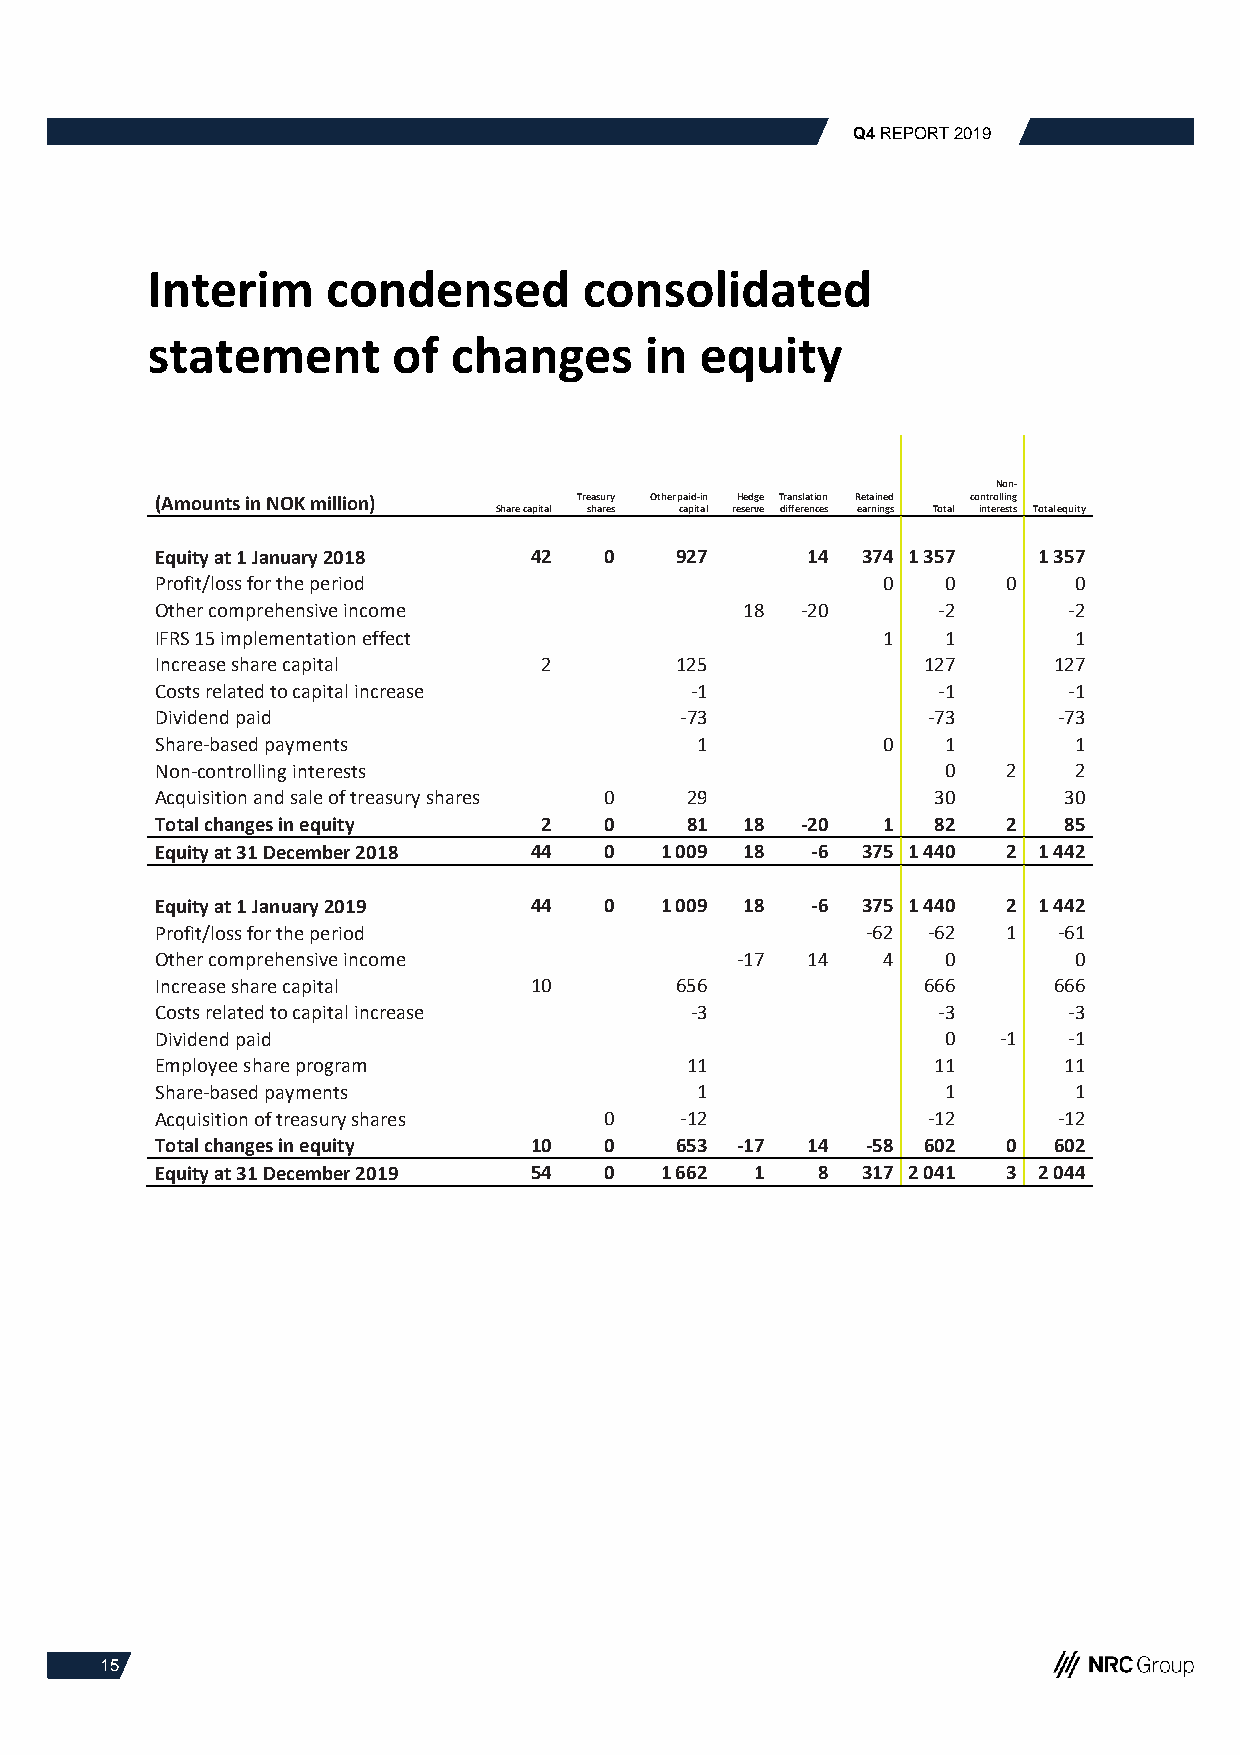
Q4 REPORT 2019
 Interim     condensed        consolidated
 statement       of  changes      in equity
 Non-
 (Amounts in NOK million)    Treasury Other paid-in Hedge Translation Retained controlling
 Share capital shares capital reserve differences earnings Total interests Total equity
 Equity at 1 January 2018 42   0    927     14  374 1 357   1 357
 Profit/loss for the period                      0    0   0   0
 Other comprehensive income             18  -20      -2       -2
 IFRS 15 implementation effect                   1    1       1
 Increase share capital    2        125             127      127
 Costs related to capital increase   -1              -1       -1
 Dividend paid                      -73             -73      -73
 Share-based payments                1           0    1       1
 Non-controlling interests                            0   2   2
 Acquisition and sale of treasury shares 0 29        30      30
 Total changes in equity   2   0    81  18  -20  1   82   2  85
 Equity at 31 December 2018 44 0   1 009 18  -6 375 1 440 2 1 442
 Equity at 1 January 2019 44   0   1 009 18  -6 375 1 440 2 1 442
 Profit/loss for the period                     -62 -62   1  -61
 Other comprehensive income             -17 14   4    0       0
 Increase share capital   10        656             666      666
 Costs related to capital increase   -3              -3       -3
 Dividend paid                                        0  -1   -1
 Employee share program             11               11      11
 Share-based payments                1                1       1
 Acquisition of treasury shares 0   -12             -12      -12
 Total changes in equity  10   0    653 -17 14  -58 602   0  602
 Equity at 31 December 2019 54 0   1 662 1   8  317 2 041 3 2 044
 15